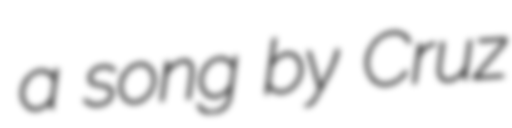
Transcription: a song by Cruz